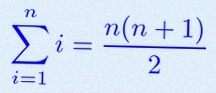
\sum_{i=1}^{n}i=\frac{n(n+1)}2